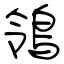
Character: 鴒